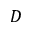
D